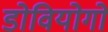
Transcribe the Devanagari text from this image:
डोवियोगो